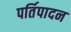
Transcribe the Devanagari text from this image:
पर्तिपादन